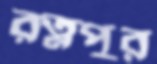
রত্নপুর